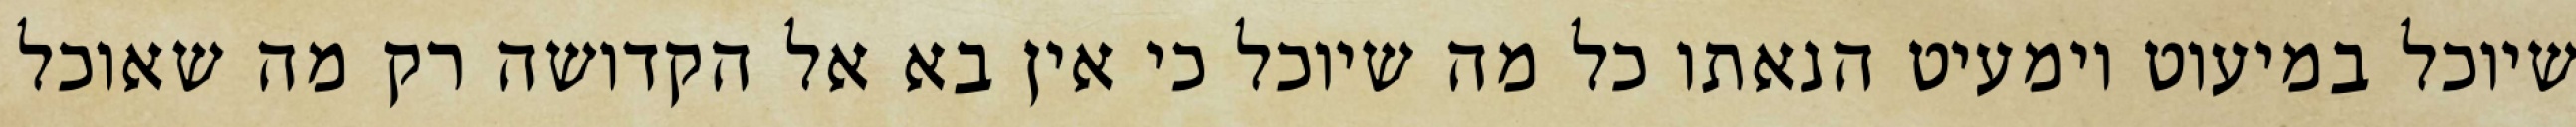
שיוכל במיעוט וימעיט הנאתו כל מה שיוכל כי אין בא אל הקדושה רק מה שאוכל